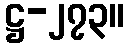
ဋ္ဌ-၂၇၃။